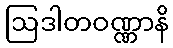
ဩဒါတဝဏ္ဏာနိ